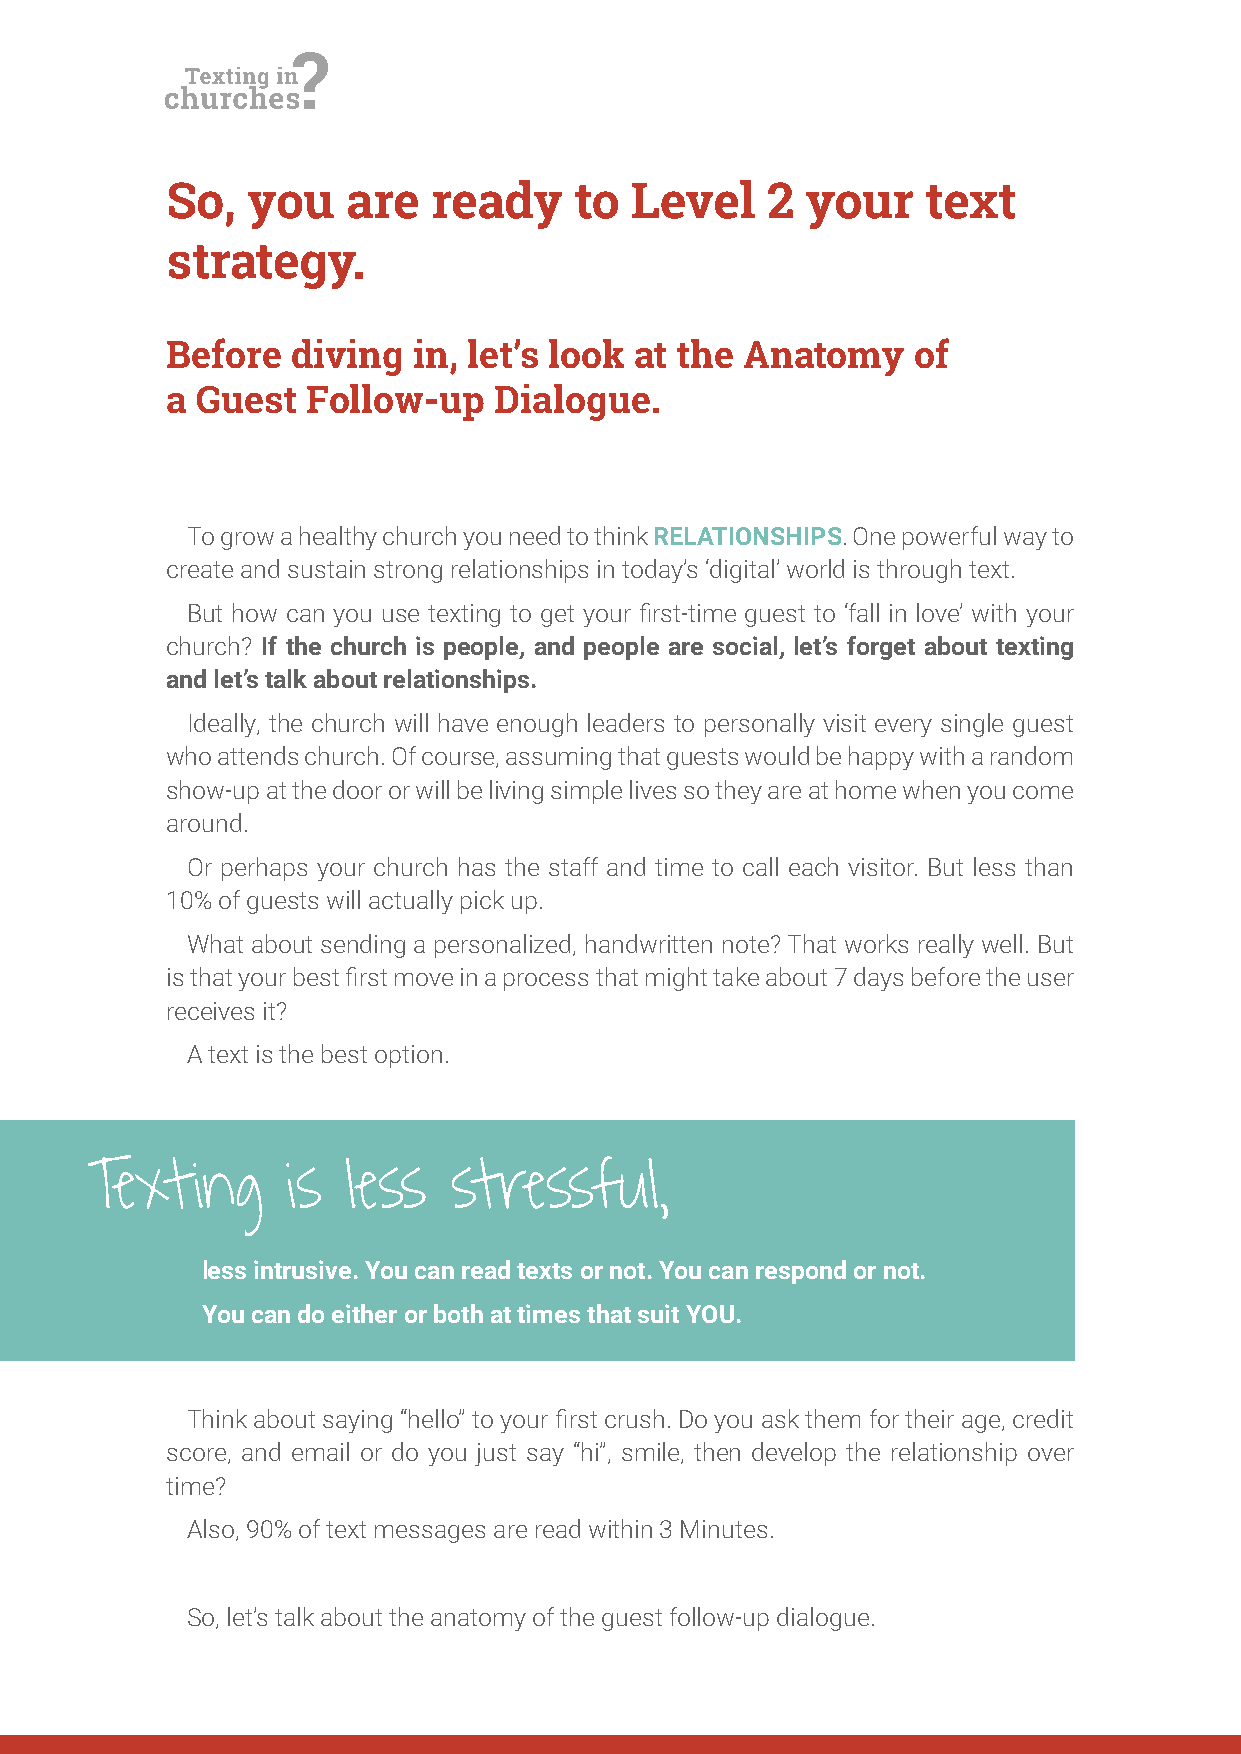
So,  you    are   ready    to  Level    2 your    text
 strategy.
 Before  diving  in, let’s look at the Anatomy    of
 a Guest  Follow-up    Dialogue.
 To grow a healthy church you need to think RELATIONSHIPS. One powerful way to
 create and sustain strong relationships in today’s ‘digital’ world is through text.
 But how can you use texting to get your irst-time guest to ‘fall in love’ with your
 church? If the church is people, and people are social, let’s forget about texting
 and let’s talk about relationships.
 Ideally, the church will have enough leaders to personally visit every single guest
 who attends church. Of course, assuming that guests would be happy with a random
 show-up at the door or will be living simple lives so they are at home when you come
 around.
 Or perhaps your church has the staff and time to call each visitor. But less than
 10% of guests will actually pick up.
 What about sending a personalized, handwritten note? That works really well. But
 is that your best irst move in a process that might take about 7 days before the user
 receives it?
 A text is the best option.
 Texting      is  less   stressful,
 less intrusive. You can read texts or not. You can respond or not.
 You can do either or both at times that suit YOU.
 Think about saying “hello” to your irst crush. Do you ask them for their age, credit
 score, and email or do you just say “hi”, smile, then develop the relationship over
 time?
 Also, 90% of text messages are read within 3 Minutes.
 So, let’s talk about the anatomy of the guest follow-up dialogue.